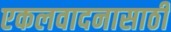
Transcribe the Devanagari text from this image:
एकलवादनासाठी